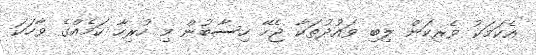
އެކަމަކު ވެރިކަން ލިބި ވައުދުތަކާ ޖެހޭ ހިސާބުން މި ހުރިހާ ކަމެއްގެ ވާހަކަ